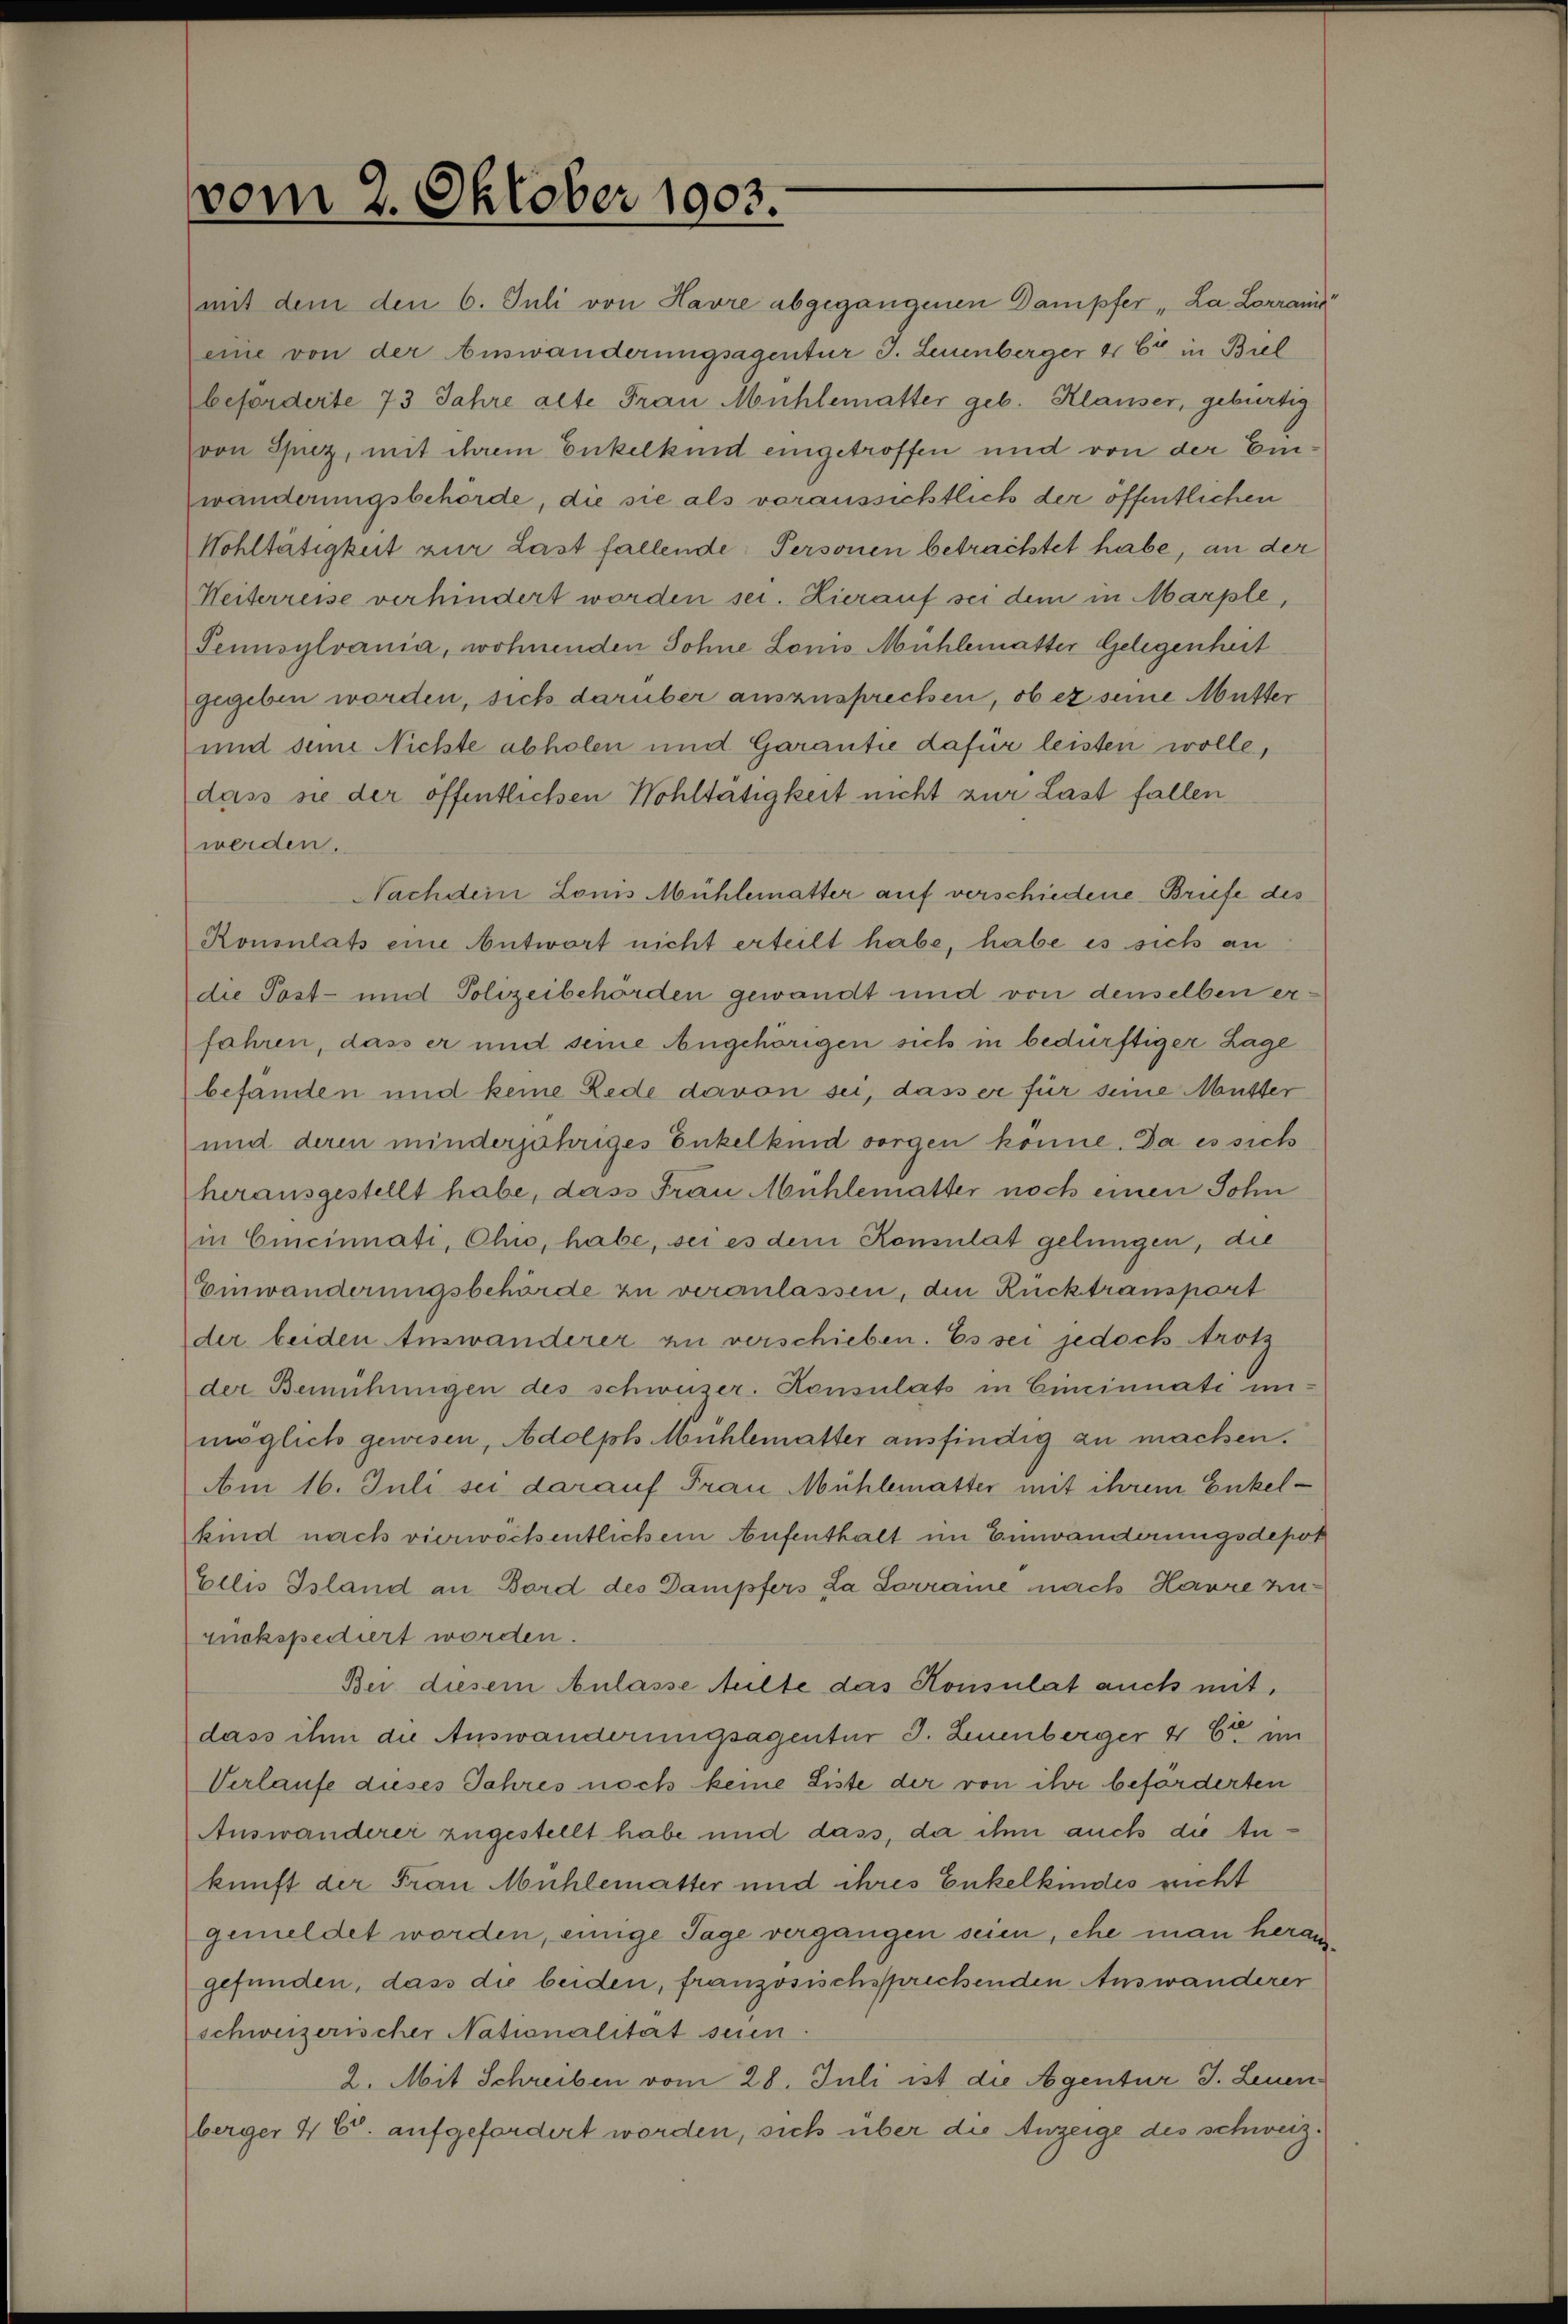
vom 2. Oktober 1903.
mit dem den 6. Juli von Havre abgegenen Dampfer "La Lorraine"
eine von der Auswanderungsagentur J. Leuenberger & Cie in Biel
beförderte 73 Jahre alte Frau Mühlematter geb. Klauser, gebürtig
von Spiez, mit ihrem Enkelkind eingetroffen und von der Ein¬
wanderungsbehörde, die sie als voraussichtlich der öffentlichen
Wohltätigkeit zur Last fallende Personen betrachtet habe, an der
Weiterreise verhindert worden sei. Hierauf sei dem in Marple,
Pennsylvania, wohnenden Sohne Louis Mühlematter Gelegenheit
gegeben worden, sich darüber auszusprechen, ob er seine Mutter
und seine Nicht abholen und Garantie dafür leisten wolle,
dass sie der öffentlichen Wohltätigkeit nicht zur Last fallen
werden.
Nachdem Louis Mühlematter auf verschiedene Briefe des
Konsulats eine Antwort nicht erteilt habe, habe es sich an
die Post- und Polizeibehörden gewandt und von denselben er¬
fahren, dass er und seine Angehörigen sich in bedürftiger Lage
befänden und keine Rede davon sei, dass er für seine Mutter
und deren minderjähriges Enkelkind sorgen könne. Da es sich
herausgestellt habe, dass Frau Mühlematter noch einen Sohn
in Cincinnati, Ohio, habe, sei es dem Konsulat gelungen, die
Einwanderungsbehörde zu veranlassen, den Rücktransport
der beiden Auswanderer zu verschieben. Es sei jedoch trotz
der Bemühungen des schweizer. Konsulats in Cincinnati un¬
möglich gewesen, Adolph Mühlematter ausfindig zu machen.
Am 16. Juli sei darauf Frau Mühlematter mit ihrem Enkel¬
kind nach vierwöchentlichem Aufenthalt im Einwanderungsdepot
Ellis Island an Bord des Dampfers "La Lorraine" nach Havre zu¬
rückspediert worden.
Bei diesem Anlasse teilte das Konsulat auch mit,
dass ihm die Auswanderungsagentur J. Leuenberger & Cie. im
Verlaufe dieses Jahres noch keine Liste der von ihr beförderten
Auswanderer zugestellt habe und dass, da ihm auch die An¬
kunft der Frau Mühlematter und ihres Enkelkindes nicht
gemeldet worden, einige Tage vergangen seien, ehe man heraus¬
gefunden, dass die beiden, fanzösischsprechenden Auswanderer
schweizerischer Nationalität seien.
2. Mit Schreiben vom 28. Juli ist die Agentur J. Leuen¬
berger & Cie. aufgefordert worden, sich über die Anzeige des schweiz.